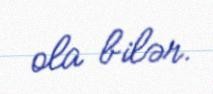
ola bilər.